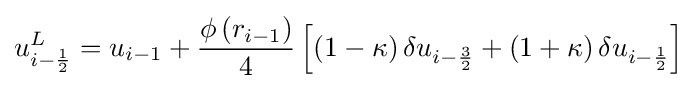
u_{i-{\frac {1}{2}}}^{L}=u_{i-1}+{\frac {\phi \left(r_{i-1}\right)}{4}}\left[\left(1-\kappa \right)\delta u_{i-{\frac {3}{2}}}+\left(1+\kappa \right)\delta u_{i-{\frac {1}{2}}}\right]